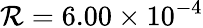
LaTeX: \mathcal{R}=6.00\times 10^{-4}